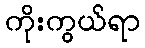
ကိုးကွယ်ရာ